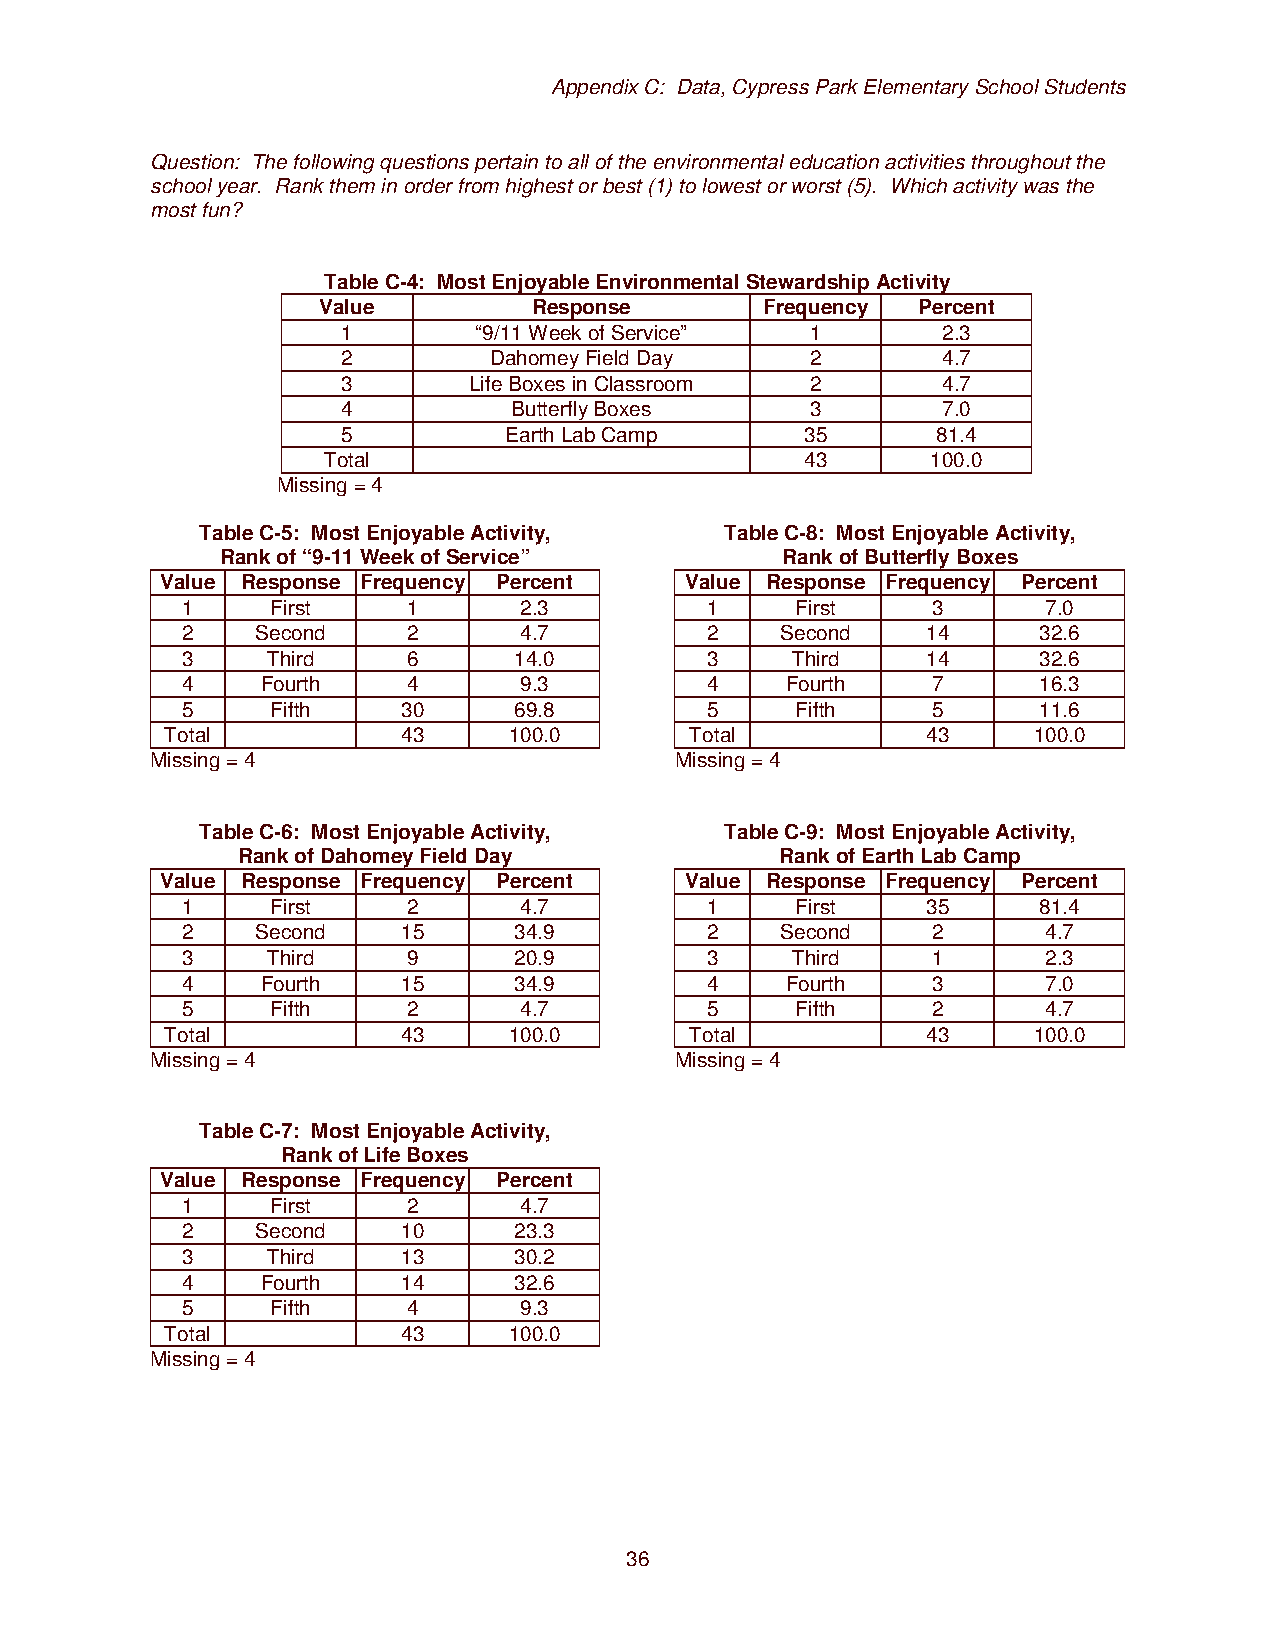
Appendix C: Data, Cypress Park Elementary School Students
 Question: The following questions pertain to all of the environmental education activities throughout the
 school year. Rank them in order from highest or best (1) to lowest or worst (5). Which activity was the
 most fun?
 Table C-4: Most Enjoyable Environmental Stewardship Activity
 Value         Response        Frequency Percent
 1       “9/11 Week of Service” 1       2.3
 2        Dahomey Field Day     2       4.7
 3       Life Boxes in Classroom 2      4.7
 4          Butterfly Boxes     3       7.0
 5         Earth Lab Camp      35       81.4
 Total                           43       100.0
 Missing = 4
 Table C-5: Most Enjoyable Activity, Table C-8: Most Enjoyable Activity,
 Rank of “9-11 Week of Service”       Rank of Butterfly Boxes
 Value Response Frequency Percent  Value Response Frequency Percent
 1     First    1      2.3          1     First    3      7.0
 2    Second    2      4.7          2    Second   14      32.6
 3     Third    6      14.0         3    Third    14      32.6
 4    Fourth    4      9.3          4    Fourth    7      16.3
 5     Fifth    30     69.8         5     Fifth    5      11.6
 Total           43     100.0       Total          43     100.0
 Missing = 4                        Missing = 4
 Table C-6: Most Enjoyable Activity, Table C-9: Most Enjoyable Activity,
 Rank of Dahomey Field Day           Rank of Earth Lab Camp
 Value Response Frequency Percent  Value Response Frequency Percent
 1     First    2      4.7          1     First   35      81.4
 2    Second    15     34.9         2    Second    2      4.7
 3     Third    9      20.9         3    Third     1      2.3
 4    Fourth    15     34.9         4    Fourth    3      7.0
 5     Fifth    2      4.7          5     Fifth    2      4.7
 Total           43     100.0       Total          43     100.0
 Missing = 4                        Missing = 4
 Table C-7: Most Enjoyable Activity,
 Rank of Life Boxes
 Value Response Frequency Percent
 1     First    2      4.7
 2    Second    10     23.3
 3     Third    13     30.2
 4    Fourth    14     32.6
 5     Fifth    4      9.3
 Total           43     100.0
 Missing = 4
 36